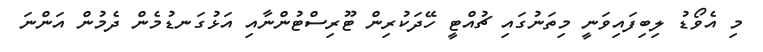
މި އެވޯޑު ލިބިފައިވަނީ މިތަނުގައި ޗުއްޓީ ހޭދަކުރިން ޓޫރިސްޓުންނާއި އަޅުގަނޑުމެން ދެމުން އަންނަ